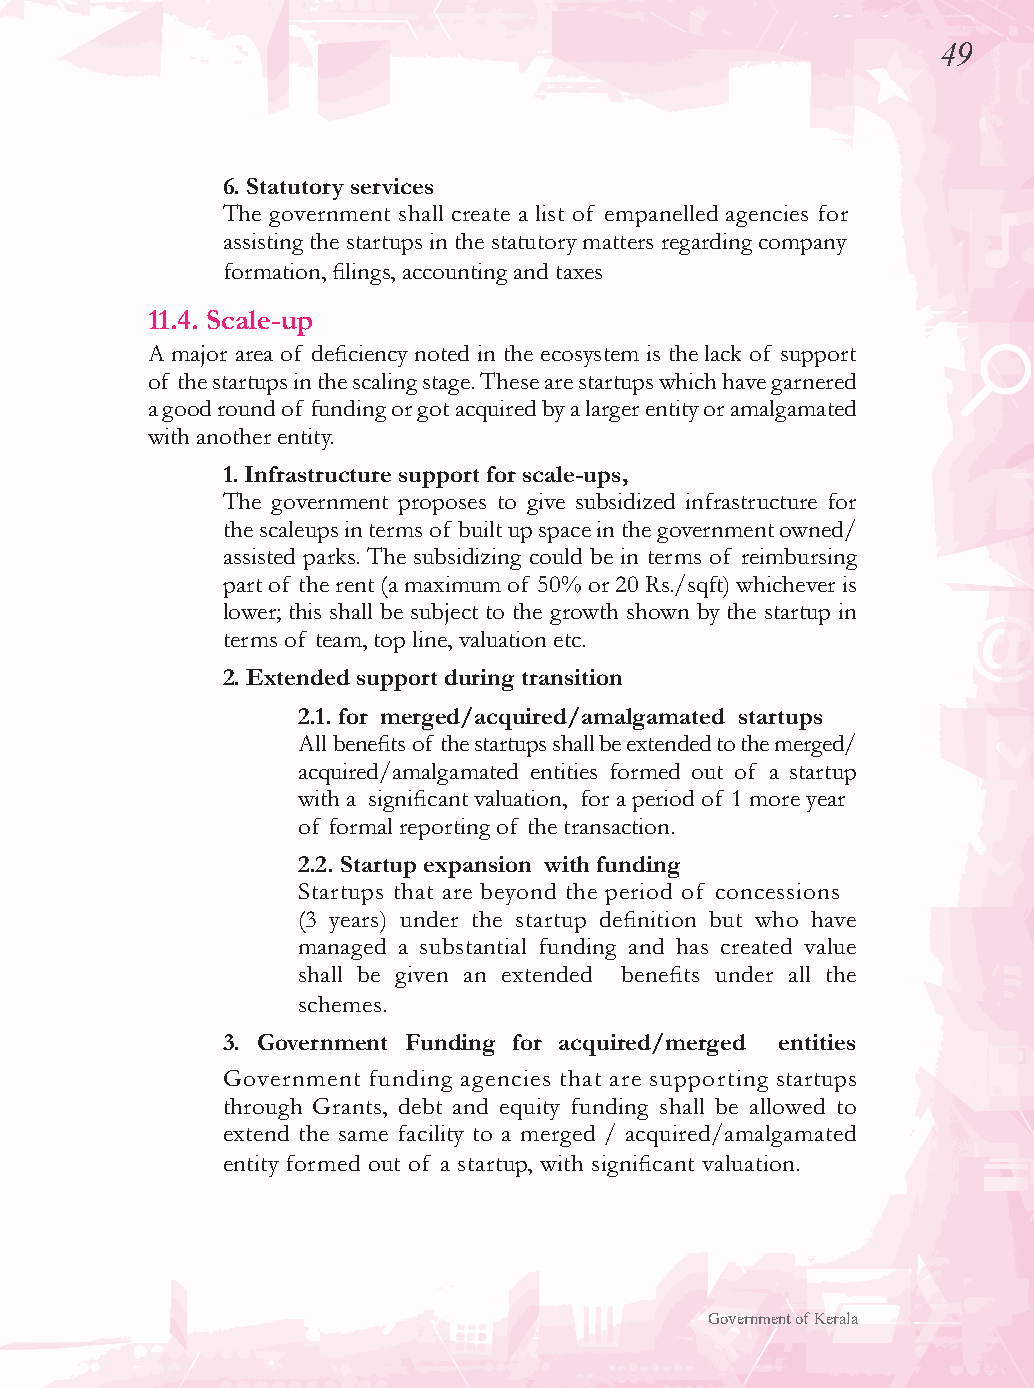
49
 6. Statutory services
 The government shall create a list of empanelled agencies for
 assisting the startups in the statutory matters regarding company
 formation, filings, accounting and taxes
 11.4. Scale-up
 A major area of deficiency noted in the ecosystem is the lack of support
 of the startups in the scaling stage. These are startups which have garnered
 a good round of funding or got acquired by a larger entity or amalgamated
 with another entity.
 1. Infrastructure support for scale-ups,
 The government proposes to give subsidized infrastructure for
 the scaleups in terms of built up space in the government owned/
 assisted parks. The subsidizing could be in terms of reimbursing
 part of the rent (a maximum of 50% or 20 Rs./sqft) whichever is
 lower; this shall be subject to the growth shown by the startup in
 terms of team, top line, valuation etc.
 2. Extended support during transition
 2.1. for merged/acquired/amalgamated startups
 All benefits of the startups shall be extended to the merged/
 acquired/amalgamated entities formed out of a startup
 with a significant valuation, for a period of 1 more year
 of formal reporting of the transaction.
 2.2. Startup expansion with funding
 Startups that are beyond the period of concessions
 (3 years) under the startup definition but who have
 managed a substantial funding and has created value
 shall be given an extended benefits under all the
 schemes.
 3. Government Funding for acquired/merged entities
 Government funding agencies that are supporting startups
 through Grants, debt and equity funding shall be allowed to
 extend the same facility to a merged / acquired/amalgamated
 entity formed out of a startup, with significant valuation.
 Government of Kerala